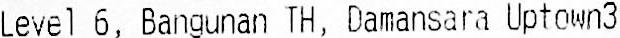
LEVEL 6, BANGUNAN TH, DAMANSARA UPTOWN3